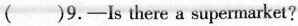
( )9.—Is there a supermarket?